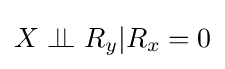
X\perp \!\!\!\perp R_{y}|R_{x}=0